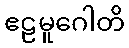
ဧဠမူဂေါတိ